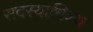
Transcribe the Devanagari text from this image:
सदस्याधिक्य